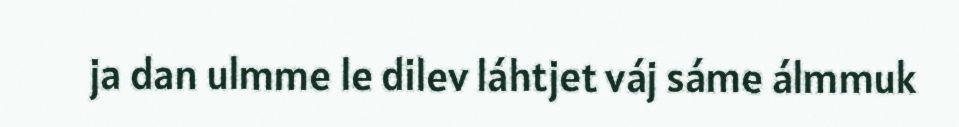
ja dan ulmme le dilev láhtjet váj sáme álmmuk